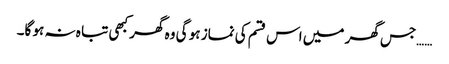
……جس گھر میں اس قسم کی نماز ہو گی وہ گھر کبھی تبا ہ نہ ہو گا۔